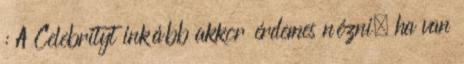
: A Celebrityt inkább akkor érdemes nézni, ha van